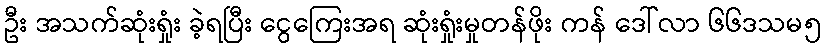
ဦး အသက်ဆုံးရှုံး ခဲ့ရပြီး ငွေကြေးအရ ဆုံးရှုံးမှုတန်ဖိုး ကန် ဒေါ်လာ ၆၆ဒသမ၅